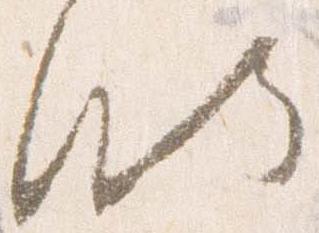
略